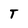
Character: T